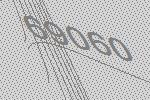
69060